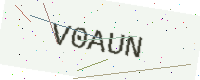
Text: V0AUN